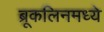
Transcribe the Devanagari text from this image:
ब्रूकलिनमध्ये